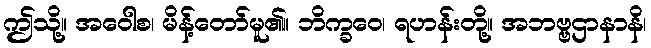
ဤသို့။ အဝေါစ၊ မိန့်တော်မူ၏။ ဘိက္ခဝေ၊ ရဟန်းတို့။ အဘဗ္ဗဌာနာနိ၊